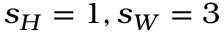
s _ { H } = 1 , s _ { W } = 3